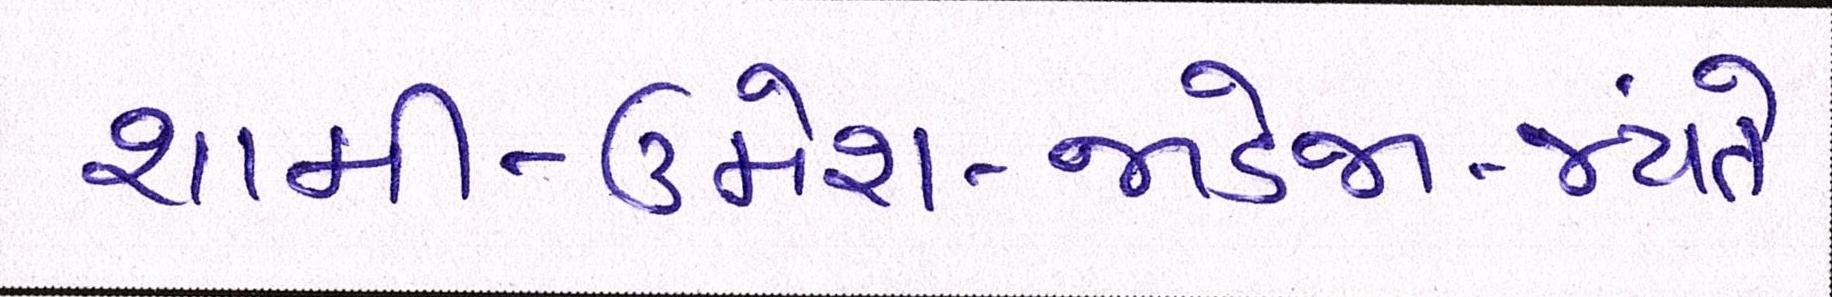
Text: શામી-ઉમેશ-જાડેજા-જયંતે